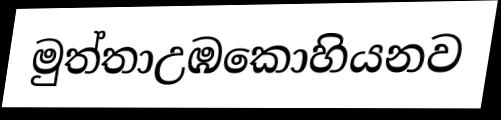
මුත්තාඋඹකොහියනව